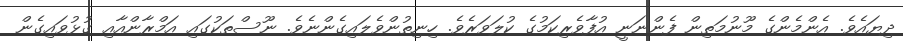
ދިޔައެވެ. އެންމެންގެ މޫނުމަތިން ފެންނަނީ އުފާވެރިކަމުގެ ކުލަވަރެވެ. ހިނިތުންވެލައިގެންނެވެ. ނޫސްތަކުގައި އަމްރާންއާއި ގުޅުވައިގެން